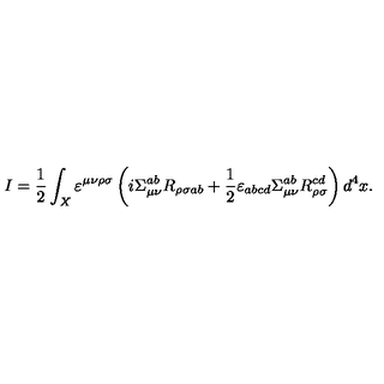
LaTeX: I = \frac { 1 } { 2 } \int _ { X } \varepsilon ^ { \mu \nu \rho \sigma } \left( i \Sigma _ { \mu \nu } ^ { a b } R _ { \rho \sigma a b } + \frac { 1 } { 2 } \varepsilon _ { a b c d } \Sigma _ { \mu \nu } ^ { a b } R _ { \rho \sigma } ^ { c d } \right) d ^ { 4 } x .